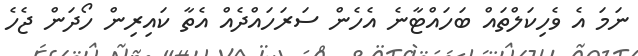
ނަމަ އެ ވެހިކަލްތައް ބަހައްޓާނެ އެހެން ސަރަހައްދެއް އެތާ ކައިރިން ހޯދަން ޖެހެ